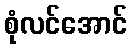
စုံလင်အောင်